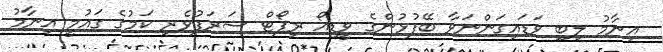
އިނާމު ލިބި ވަޑައިގަންނަވާ ބޭފުޅުންގެ ވީޑިއޯ ރިޕޯޓް ޝަރަފުވެރި ކަމުގެ ގައުމީ އިނާމު